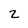
Character: 2